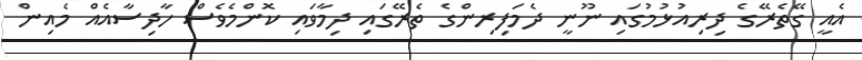
އެއީ ގޭތެރޭގެ ދިރިއުޅުމުގައި ނޫނީ ދެމަފިރިންގެ ތެރޭގައި ދިމާވައި ކޮންމެވެސް ހާދިސާއެއް މެއިން